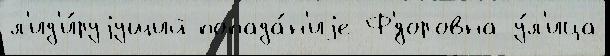
л'ид'и́руjущий попада́н'иjе Ф'́доровна у́л'ица